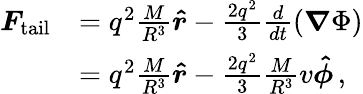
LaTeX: \begin{array}{rl}{\boldsymbol{F}_{\mathrm{tail}}}&{=q^{2}\frac{M}{R^{3}}\boldsymbol{\hat{r}}-\frac{2q^{2}}{3}\frac{d}{dt}\left(\boldsymbol{\nabla}\Phi\right)}\\ &{=q^{2}\frac{M}{R^{3}}\boldsymbol{\hat{r}}-\frac{2q^{2}}{3}\frac{M}{R^{3}}v\boldsymbol{\hat{\phi}}\, ,}\end{array}